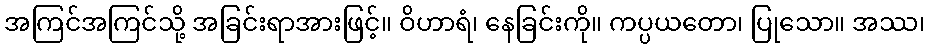
အကြင်အကြင်သို့ အခြင်းရာအားဖြင့်။ ဝိဟာရံ၊ နေခြင်းကို။ ကပ္ပယတော၊ ပြုသော။ အဿ၊